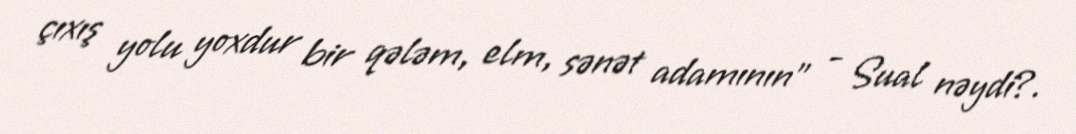
çıxış yolu yoxdur bir qələm, elm, sənət adamının” - Sual nəydi?.